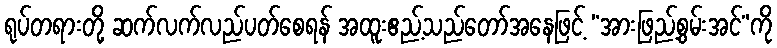
ရုပ်တရားတို့ ဆက်လက်လည်ပတ်စေရန် အထူးဧည့်သည်တော်အနေဖြင့် “အားဖြည့်စွမ်းအင်”ကို